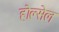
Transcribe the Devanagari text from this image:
होल्सेल